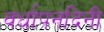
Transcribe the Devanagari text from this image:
वर्धापनदिनी